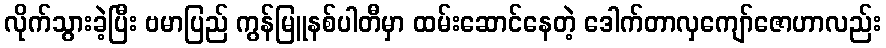
လိုက်သွားခဲ့ပြီး ဗမာပြည် ကွန်မြူနစ်ပါတီမှာ ထမ်းဆောင်နေတဲ့ ဒေါက်တာလှကျော်ဇောဟာလည်း